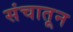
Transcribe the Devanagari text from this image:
संचातून